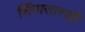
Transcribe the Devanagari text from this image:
सिंगासारखी